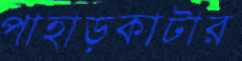
পাহাড়কাটার